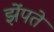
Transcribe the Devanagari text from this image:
झेंपते